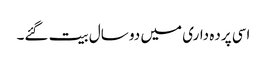
اسی پرده داری میں دو سال بیت گئے۔